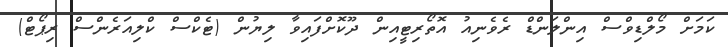
ކަމަށް މޯލްޑިވްސް އިންލަންޑް ރެވެނިއު އޮތޯރިޓީއިން ދޫކޮށްފައިވާ ލިޔުން (ޓެކްސް ކްލިއަރެންސް ރިޕޯޓް)